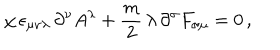
\chi \, \epsilon _ { \mu \nu \lambda } \, \partial ^ { \nu } A ^ { \lambda } + \frac { m } { 2 } \, \lambda \, \partial ^ { \sigma } F _ { \sigma \mu } = 0 \, ,